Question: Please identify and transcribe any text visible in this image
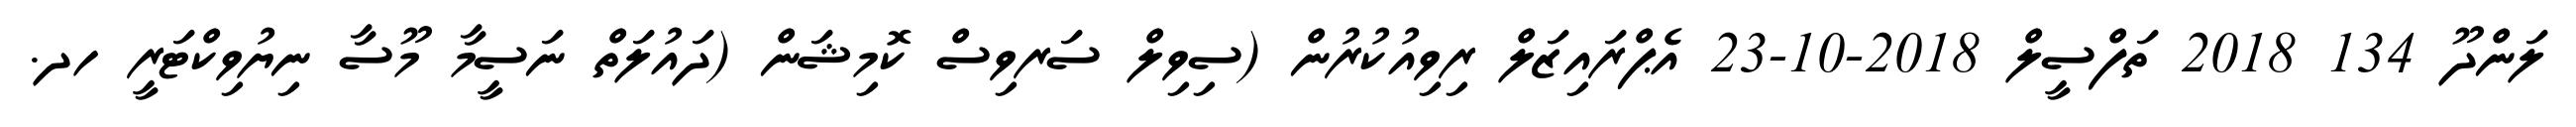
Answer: ލަންދޫ 134 2018 ތަފްސީލް 2018-10-23 އެޕްރައިޒަލް ރިވިއުކުރުން (ސިވިލް ސަރވިސް ކޮމިޝަން (ދައުލަތް ނަސީމާ މޫސާ ނިޔުވިކްޓަރީ ހދ.